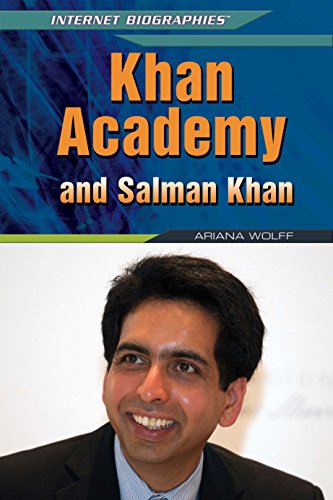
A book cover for Khan Academy and Salman Khan (Internet Biographies); Ariana Wolff; Teen & Young Adult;